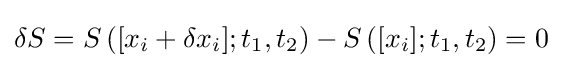
{\textstyle \delta S=S\left([x_{i}+\delta x_{i}];t_{1},t_{2}\right)-S\left([x_{i}];t_{1},t_{2}\right)=0}